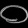
Digit: ၀